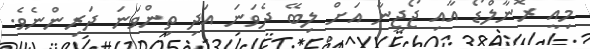
މިއީ ރޮނާލްޑޯ އާއި ޖޯޖީނާ އަށް ލިބޭ ދެވަނަ އަދި ތިންވަނަ ދަރިންނެވެ.